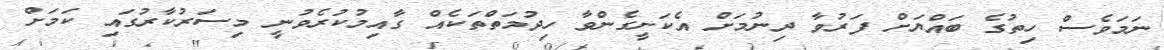
ނަމަވެސް ހިތުގެ ބައްޔަށް ފަރުވާ ދިނުމަށް އެކަށީގެންވާ ހިދުމަތްތަކެއް ގާއިމުކުރެވުނީ މިސަރުކާރުގައި ކަމަށް